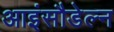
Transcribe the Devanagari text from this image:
आइंसौडेल्न